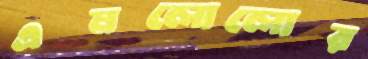
এমলোলোর